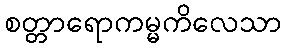
စတ္တာရောကမ္မကိလေသာ